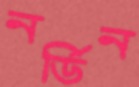
নর্ডিন